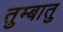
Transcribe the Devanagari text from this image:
तुम्बातु